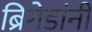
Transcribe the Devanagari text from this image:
ब्रिगेडांनी